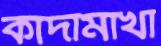
কাদামাখা